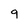
Character: 9